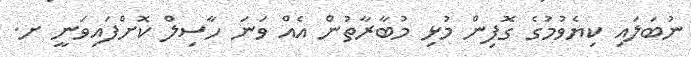
ނުބަލައި ކިޔެވުމުގެ ގޮފިން މުޅި މުބާރާތުން އެއް ވަނަ ހާސިލް ކޮށްފައިވަނީ ށ.